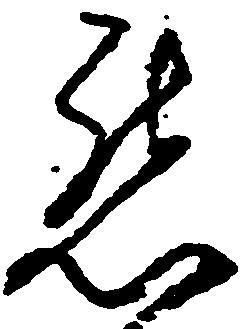
懇